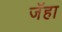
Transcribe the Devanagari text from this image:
जॅहा